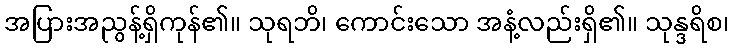
အပြားအညွန့်ရှိကုန်၏။ သုရဘိ၊ ကောင်းသော အနံ့လည်းရှိ၏။ သုန္ဒရိစ၊